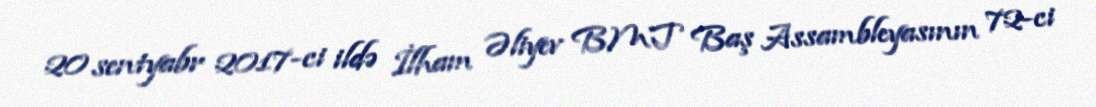
20 sentyabr 2017-ci ildə İlham Əliyev BMT Baş Assambleyasının 72-ci